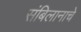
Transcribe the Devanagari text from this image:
संबिलानाचे